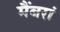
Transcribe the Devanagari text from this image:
मैंबरां